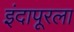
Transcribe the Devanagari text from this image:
इंदापूरला